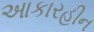
આકારહીન